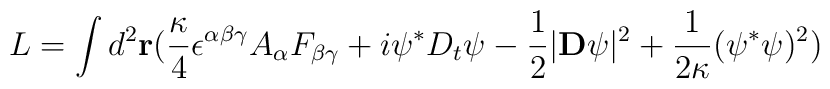
L=\int d^{2} {\bf r} ( {\kappa \over 4} \epsilon^{\alpha\beta\gamma} A_{\alpha} F_{\beta\gamma} + i \psi^{\ast} D_t \psi - {1 \over 2} | {\bf D} \psi |^{2} + {1 \over {2 \kappa}} ( \psi^{\ast} \psi )^{2} )